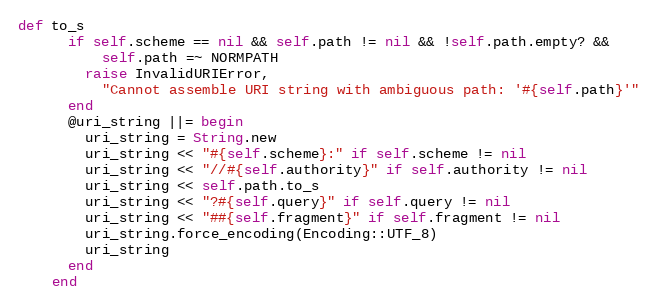
Language: Ruby
def to_s
      if self.scheme == nil && self.path != nil && !self.path.empty? &&
          self.path =~ NORMPATH
        raise InvalidURIError,
          "Cannot assemble URI string with ambiguous path: '#{self.path}'"
      end
      @uri_string ||= begin
        uri_string = String.new
        uri_string << "#{self.scheme}:" if self.scheme != nil
        uri_string << "//#{self.authority}" if self.authority != nil
        uri_string << self.path.to_s
        uri_string << "?#{self.query}" if self.query != nil
        uri_string << "##{self.fragment}" if self.fragment != nil
        uri_string.force_encoding(Encoding::UTF_8)
        uri_string
      end
    end